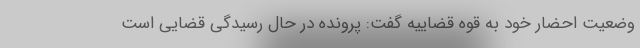
وضعیت احضار خود به قوه قضاییه گفت: پرونده در حال رسیدگی قضایی است